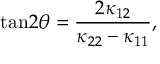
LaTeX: \mathrm { t a n } 2 \theta = { \frac { 2 \kappa _ { 1 2 } } { \kappa _ { 2 2 } - \kappa _ { 1 1 } } } ,